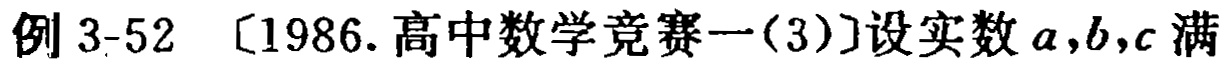
例 3-52  [1986.高中数学竞赛一(3)]设实数 \(a,b,c\) 满